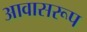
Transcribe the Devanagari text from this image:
आवासरूप